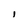
Character: I